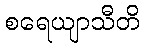
စရေယျာသီတိ